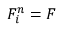
F _ { i } ^ { n } = F